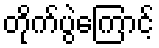
တိုက်ပွဲကြောင့်